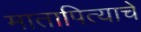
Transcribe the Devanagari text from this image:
मातापित्याचे